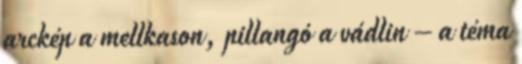
arckép a mellkason, pillangó a vádlin – a téma